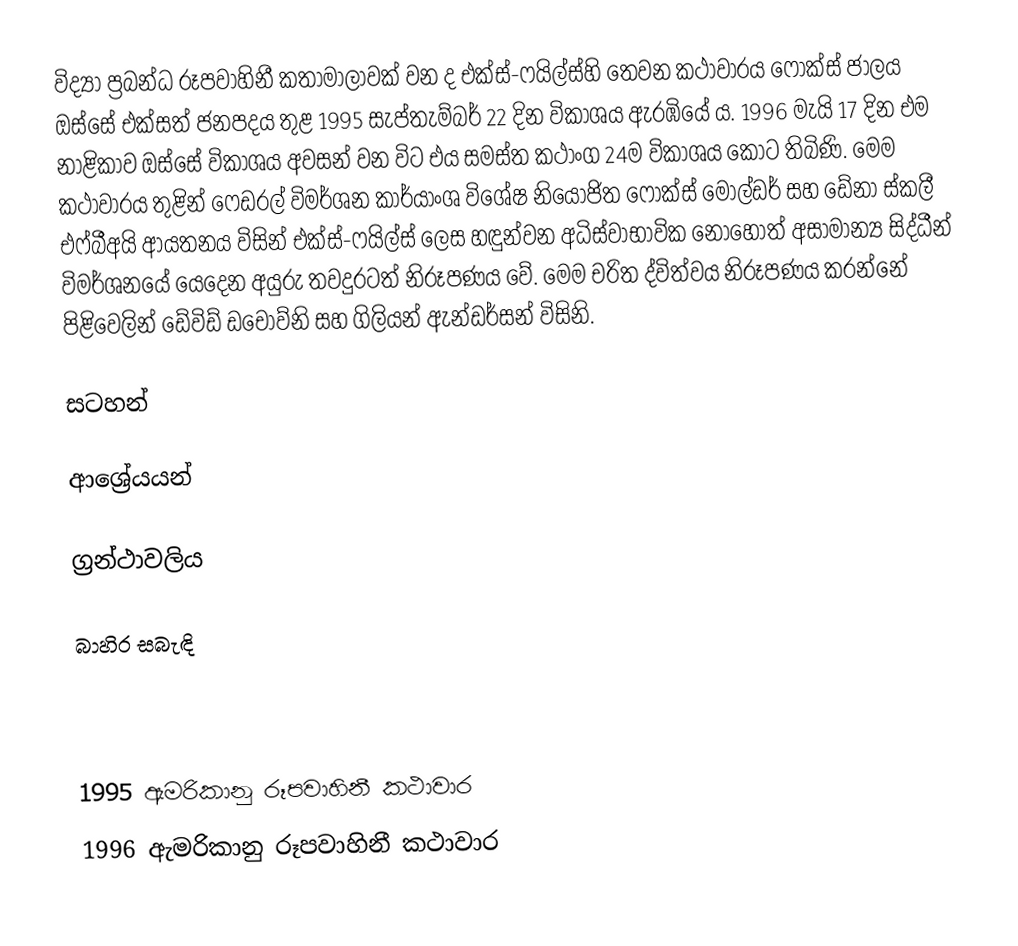
විද්‍යා ප්‍රබන්ධ රූපවාහිනී කතාමාලාවක් වන ද එක්ස්-ෆයිල්ස්හි තෙවන කථාවාරය ෆොක්ස් ජාලය ඔස්සේ එක්සත් ජනපදය තුළ 1995 සැප්තැම්බර් 22 දින විකාශය ඇරඹියේ ය. 1996 මැයි 17 දින එම නාළිකාව ඔස්සේ විකාශය අවසන් වන විට එය සමස්ත කථාංග 24ම විකාශය කොට තිබිණි. මෙම කථාවාරය තුළින් ෆෙඩරල් විමර්ශන කාර්යාංශ විශේෂ නියෝජිත ෆොක්ස් මෝල්ඩර් සහ ඩේනා ස්කලී එෆ්බීඅයි ආයතනය විසින් එක්ස්-ෆයිල්ස් ලෙස හඳුන්වන අධිස්වාභාවික නොහොත් අසාමාන්‍ය සිද්ධීන් විමර්ශනයේ යෙදෙන අයුරු තවදුරටත් නිරූපණය වේ. මෙම චරිත ද්විත්වය නිරූපණය කරන්නේ පිළිවෙලින් ඩේවිඩ් ඩචොව්නි සහ ගිලියන් ඇන්ඩර්සන් විසිනි.

සටහන්

ආශ්‍රේයයන්

ග්‍රන්ථාවලිය

බාහිර සබැඳි

1995 ඇමරිකානු රූපවාහිනී කථාවාර
1996 ඇමරිකානු රූපවාහිනී කථාවාර